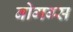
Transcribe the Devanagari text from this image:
बोगग्स